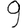
Digit: 9